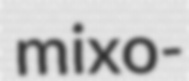
mixo-